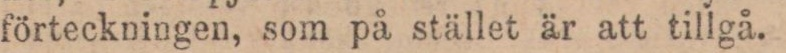
förteckningen, som på stället är att tillgå.